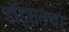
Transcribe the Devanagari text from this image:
डॉड्सनचा